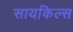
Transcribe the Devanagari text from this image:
सायकिल्स